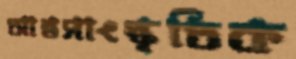
আন্তসাংস্কৃতিক